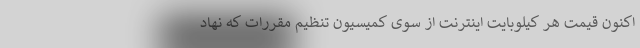
اکنون قیمت هر کیلوبایت اینترنت از سوی کمیسیون تنظیم مقررات که نهاد